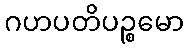
ဂဟပတိပဉ္စမော